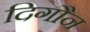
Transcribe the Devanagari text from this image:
दिगौन